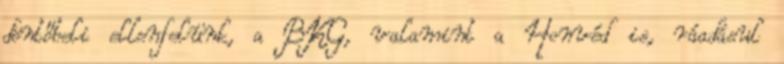
döntőbeli ellenfelünk, a BKG, valamint a Honvéd is, ráadásul